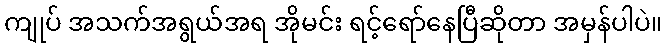
ကျုပ် အသက်အရွယ်အရ အိုမင်း ရင့်ရော်နေပြီဆိုတာ အမှန်ပါပဲ။